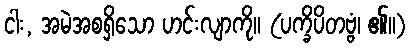
ငါး, အမဲအစရှိသော ဟင်းလျာကို။ (ပက္ခိပိတဗ္ဗံ၊ ၏။)